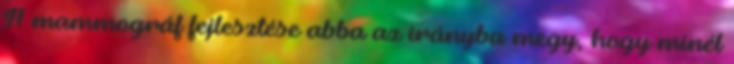
A mammográf fejlesztése abba az irányba megy, hogy minél